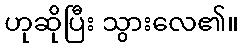
ဟုဆိုပြီး သွားလေ၏။